Annual vaccination report of Bihar and Orissa - 1911-1928
Year: 1911
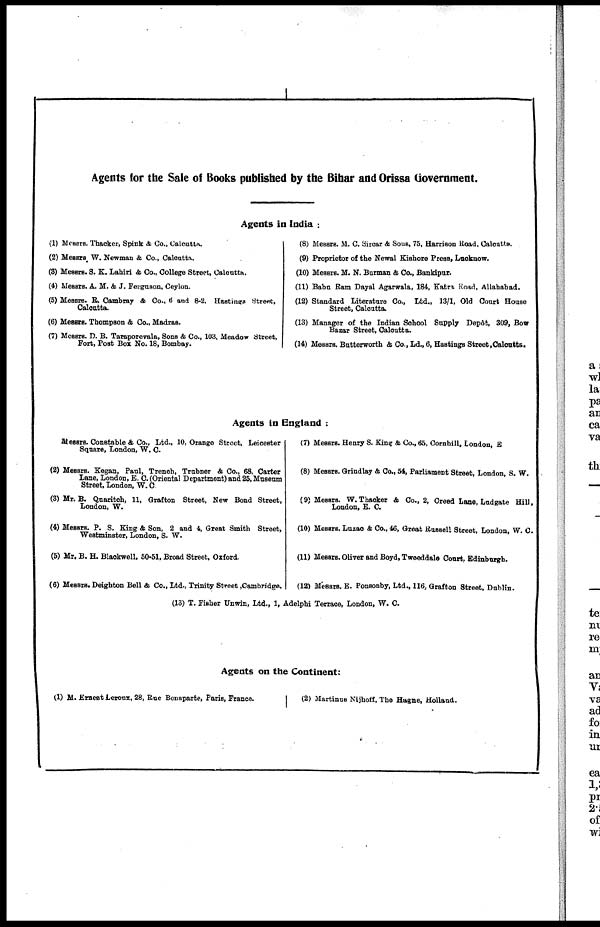
Agents for the Sale of Books published by the Bihar and Orissa Government.
Agents in India :
(1) Messrs. Thacker, Spink & Co., Calcutta.
(2) Messrs. W. Newman & Co., Calcutta.
(8) Messrs. S. K. Lahiri & Co., College Street, Calcutta.
(4) Messrs. A. M. & J. Ferguson, Ceylon.
(5) Messrs. R. Cambray & Co., 6 and 8-2, Hastings Street,
Calcutta.
(6) Messrs. Thompson & Co., Madras.
(7) Messrs. D. B. Taraporevala, Sons & Co., 103, Meadow Street,
Fort, Post Box No. 18, Bombay.
(8) Messrs. M. C. Sircar & Sons, 75, Harrison Road, Calcutta.
(9) Proprietor of the Newal Kishore Press, Lucknow.
(10) Messrs. M. N. Burman & Co., Bankipur.
(11) Babu Ram Dayal Agarwala, 184, Katra Road, Allahabad.
(12) Standard Literature Co., Ltd., 13/1, Old Court House
Street, Calcutta.
(13) Manager of the Indian School Supply Depôt, 309, Bow
Bazar Street, Calcutta.
(14) Messrs. Butterworth & Co., Ld., 6, Hastings Street,Calcutta.
Agents in England :
Messrs. Constable & Co., Ltd., 10, Orange Street, Leicester
Square, London, W. C.
(2) Messrs. Kegan, Paul, Trench, Trubner & Co., 68, Carter
Lane, London, E. C. (Oriental Department) and 25, Museum
Street, London, W. C.
(3) Mr. B. Quaritch, 11, Grafton Street, New Bond Street,
London, W.
(4) Messrs. P. S. King & Son, 2 and 4, Great Smith Street,
Westminster, London, S. W.
(5) Mr. B. H. Blackwell, 50-51, Broad Street, Oxford.
(6) Messrs. Deighton Bell & Co., Ltd., Trinity Street ,Cambridge.
(7) Messrs. Henry S. King & Co., 65, Cornhill, London, E
(8) Messrs. Grindlay & Co., 54, Parliament Street, London, S. W.
(9) Messrs. W.Thacker & Co., 2, Creed Lane, Ludgate Hill,
London, E. C.
(10) Messrs. Luzac & Co., 46, Great Russell Street, London, W. C.
(11) Messrs. Oliver and Boyd, Tweeddale Court, Edinburgh.
(12) Messrs. E. Ponsonby, Ltd., 116, Grafton Street, Dublin.
(13) T. Fisher Unwin, Ltd., 1, Adelphi Terrace, London, W. C.
Agents on the Continent:
(1) M. Ernest Leroux, 28, Rue Bonaparte, Paris, France.
(2) Martinue Nijhoff, The Hagne, Holland.